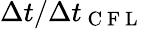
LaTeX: \Delta t/\Delta t_{\mathrm{~C~F~L~}}